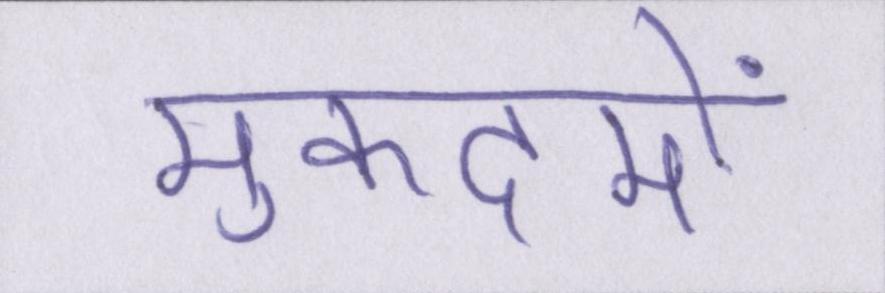
मुकदमों